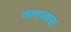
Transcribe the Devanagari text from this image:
नाचण्यास